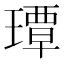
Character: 㻼